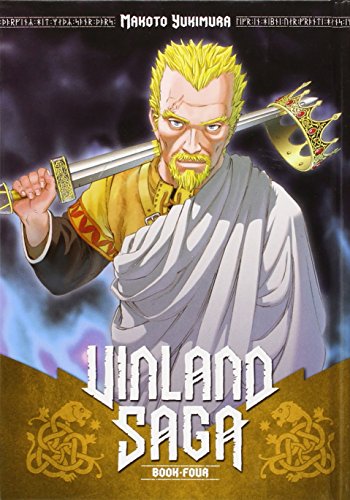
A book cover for Vinland Saga 4; Makoto Yukimura; Comics & Graphic Novels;